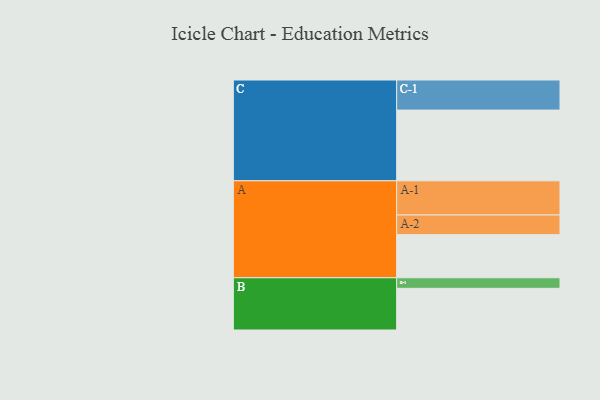
{"axis": {"x": "Segment", "y": "Value"}, "legend": ["", "A", "B", "C"], "data": [{"x": "A", "y": 364, "type": ""}, {"x": "B", "y": 352, "type": ""}, {"x": "C", "y": 597, "type": ""}, {"x": "A-1", "y": 289, "type": "A"}, {"x": "A-2", "y": 166, "type": "A"}, {"x": "B-1", "y": 89, "type": "B"}, {"x": "C-1", "y": 254, "type": "C"}]}